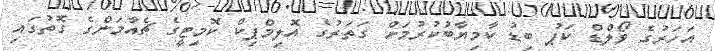
އަހަރުގެ ވޯލްޑް ކަޕު ބިޑު ކާމިޔާބުކުރުމަށް ގަތަރުގެ އޮލިމްޕިކް ކޮމިޓީގެ ޗެއާމަންގެ ގޮތުގައި